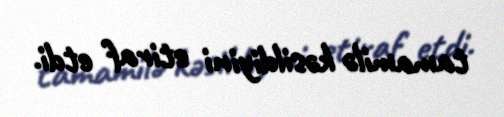
tamamilə kəsildiyini etiraf etdi.